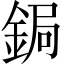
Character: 鋦